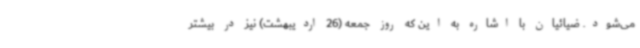
می‌شود. ضیائیان با اشاره به این که روز جمعه (26 اردیبهشت) نیز در بیشتر